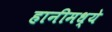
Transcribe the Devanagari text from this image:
हानीमध्ये